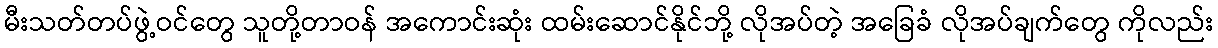
မီးသတ်တပ်ဖွဲ့ဝင်တွေ သူတို့တာဝန် အကောင်းဆုံး ထမ်းဆောင်နိုင်ဘို့ လိုအပ်တဲ့ အခြေခံ လိုအပ်ချက်တွေ ကိုလည်း